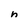
Character: n